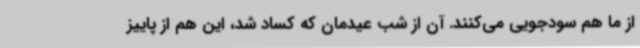
از ما هم سودجویی می‌کنند. آن از شب عیدمان که کساد شد، این هم از پاییز